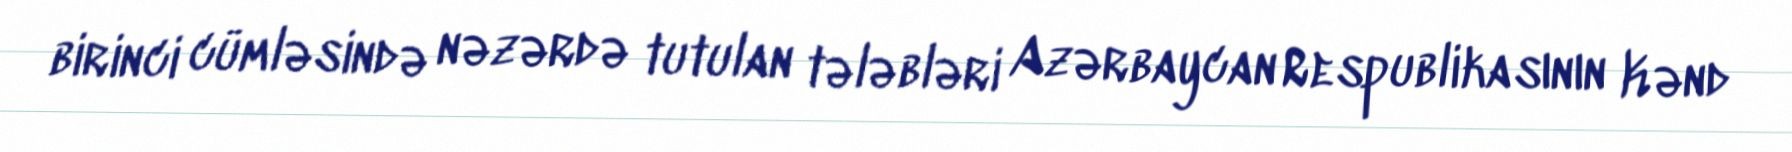
birinci cümləsində nəzərdə tutulan tələbləri Azərbaycan Respublikasının Kənd